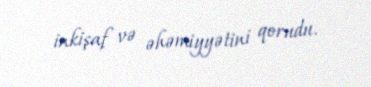
inkişaf və əhəmiyyətini qorudu.